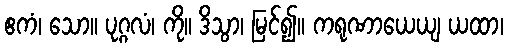
ဧကံ၊ သော။ ပုဂ္ဂလံ၊ ကို။ ဒိသွာ၊ မြင်၍။ ကရုဏာယေယျ ယထာ၊